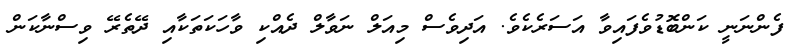
ފެންނަނީ ކަންބޮޑުވެފައިވާ އަސަރެކެވެ. އަދިވެސް މިއަލް ނަވާލް ދެއްކި ވާހަކަތަކާއި ދޭތެރޭ ވިސްނާކަން